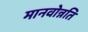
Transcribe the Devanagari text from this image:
मानवोन्नति